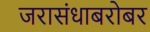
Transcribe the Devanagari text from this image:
जरासंधाबरोबर